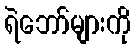
ရဲဘော်များကို